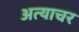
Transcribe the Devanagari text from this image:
अत्याचर